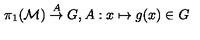
\pi _ { 1 } ( { \cal M } ) \stackrel { A } { \rightarrow } G , A : x \mapsto g ( x ) \in G